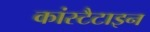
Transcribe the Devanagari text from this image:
कांस्टैटाइन